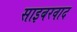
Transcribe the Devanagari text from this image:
साइबरवाद